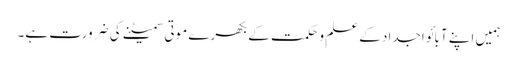
ہمیں اپنے آبائو اجداد کے علم و حکمت کے بکھرے موتی سمیٹنے کی ضرورت ہے۔